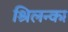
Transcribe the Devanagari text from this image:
श्रिलन्का